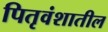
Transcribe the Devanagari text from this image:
पितृवंशातील